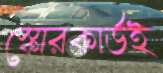
স্কোরকার্ডই